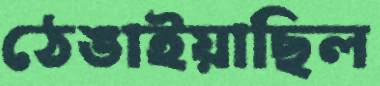
ঠেঙাইয়াছিল